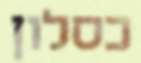
כסלון